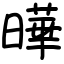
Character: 曄